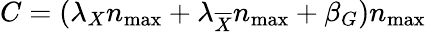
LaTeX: C=(\lambda_{X}n_{\operatorname*{max}}+\lambda_{\overline{{X}}}n_{\operatorname*{max}}+\beta_{G})n_{\operatorname*{max}}